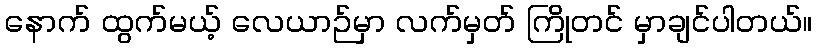
နောက် ထွက်မယ့် လေယာဉ်မှာ လက်မှတ် ကြိုတင် မှာချင်ပါတယ်။